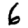
Digit: 6